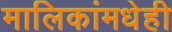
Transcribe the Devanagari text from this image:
मालिकांमधेही